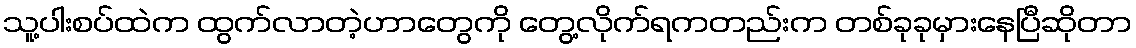
သူ့ပါးစပ်ထဲက ထွက်လာတဲ့ဟာတွေကို တွေ့လိုက်ရကတည်းက တစ်ခုခုမှားနေပြီဆိုတာ